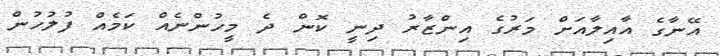
އޭނާގެ އާއިލާއަށް މަރުގެ އިންޒާރު ދިނީ ކޮން ދެ މީހުންނެއް ކަމެއް ފުލުހުން